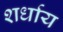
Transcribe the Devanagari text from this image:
शर्धाय